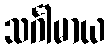
သင်္ဂါမာယ